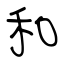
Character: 和